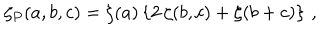
LaTeX: \zeta _ { P } ( a , b , c ) = \zeta ( a ) \left\{ 2 \, \zeta ( b , c ) + \zeta ( b + c ) \right\} \, ,